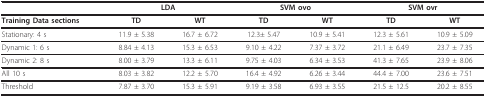
<table><thead><tr><td></td><td colspan="2"><b>LDA</b></td><td colspan="2"><b>SVM ovo</b></td><td colspan="2"><b>SVM ovr</b></td></tr></thead><tbody><tr><td><b>Training Data sections</b></td><td><b>TD</b></td><td><b>WT</b></td><td><b>TD</b></td><td><b>WT</b></td><td><b>TD</b></td><td><b>WT</b></td></tr><tr><td>Stationary: 4 s</td><td>11.9 ± 5.38</td><td>16.7 ± 6.72</td><td>12.3± 5.47</td><td>10.9 ± 5.41</td><td>12.3 ± 5.61</td><td>10.9 ± 5.09</td></tr><tr><td>Dynamic 1: 6 s</td><td>8.84 ± 4.13</td><td>15.3 ± 6.53</td><td>9.10 ± 4.22</td><td>7.37 ± 3.72</td><td>21.1 ± 6.49</td><td>23.7 ± 7.35</td></tr><tr><td>Dynamic 2: 8 s</td><td>8.00 ± 3.79</td><td>13.3 ± 6.11</td><td>9.75 ± 4.03</td><td>6.34 ± 3.53</td><td>41.3 ± 7.65</td><td>23.9 ± 8.06</td></tr><tr><td>All 10 s</td><td>8.03 ± 3.82</td><td>12.2 ± 5.70</td><td>16.4 ± 4.92</td><td>6.26 ± 3.44</td><td>44.4 ± 7.00</td><td>23.6 ± 7.51</td></tr><tr><td>Threshold</td><td>7.87 ± 3.70</td><td>15.3 ± 5.91</td><td>9.19 ± 3.58</td><td>6.93 ± 3.55</td><td>21.5 ± 12.5</td><td>20.2 ± 8.55</td></tr></tbody></table>